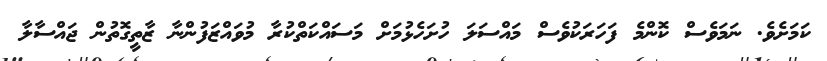
ކަމަށެވެ. ނަމަވެސް ކޮންމެ ފަހަރަކުވެސް މައްސަލަ ހުށަހެޅުމަށް މަސައްކަތްކުރާ މުވައްޒަފުންނާ ޒާތީގޮތުން ޖައްސާލާ